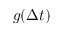
g ( \Delta t )